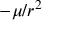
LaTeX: - \mu / r ^ { 2 }